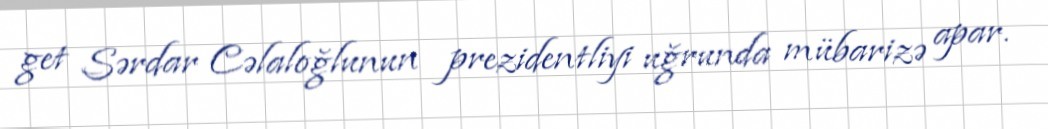
get Sərdar Cəlaloğlunun prezidentliyi uğrunda mübarizə apar.